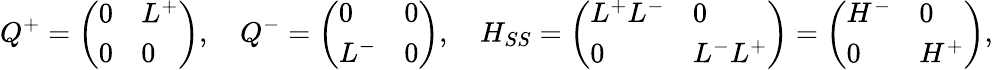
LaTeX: Q^{+}=\left(\begin{array}{ll}{0}&{L^{+}}\\ {0}&{0}\end{array}\right),\quad Q^{-}=\left(\begin{array}{ll}{0}&{0}\\ {L^{-}}&{0}\end{array}\right),\quad H_{SS}=\left(\begin{array}{ll}{L^{+}L^{-}}&{0}\\ {0}&{L^{-}L^{+}}\end{array}\right)=\left(\begin{array}{ll}{H^{-}}&{0}\\ {0}&{H^{+}}\end{array}\right),